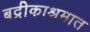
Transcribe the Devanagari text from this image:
बद्रीकाश्रमात